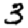
Digit: 3